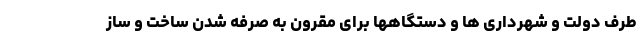
طرف دولت و شهرداری ها و دستگاهها برای مقرون به صرفه شدن ساخت و ساز